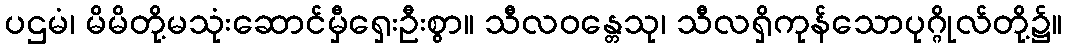
ပဌမံ၊ မိမိတို့မသုံးဆောင်မှီရှေးဦးစွာ။ သီလဝန္တေသု၊ သီလရှိကုန်သောပုဂ္ဂိုလ်တို့၌။